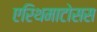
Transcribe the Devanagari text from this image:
एरिथमाटोसस